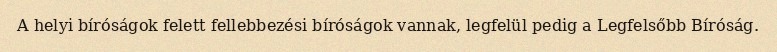
A helyi bíróságok felett fellebbezési bíróságok vannak, legfelül pedig a Legfelsőbb Bíróság.